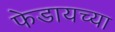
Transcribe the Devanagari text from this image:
फेडायच्या